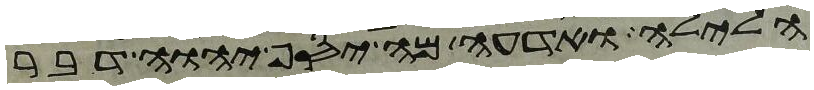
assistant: הלילה ואדעה מה יסף יהוה דבר